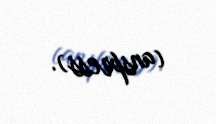
(anspress).